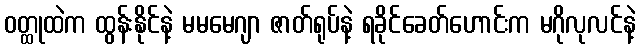
ဝတ္ထုထဲက ထွန်းနိုင်နဲ့ မမမေဂျာ ဇာတ်ရုပ်နဲ့ ရခိုင်ခေတ်ဟောင်းက မဂိုလုလင်နဲ့